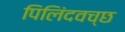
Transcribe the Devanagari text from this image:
पिलिंदवच्छ